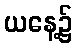
ယနေ့၌